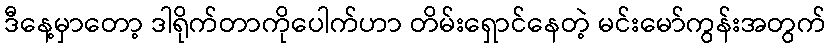
ဒီနေ့မှာတော့ ဒါရိုက်တာကိုပေါက်ဟာ တိမ်းရှောင်နေတဲ့ မင်းမော်ကွန်းအတွက်